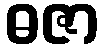
ဓဇာ